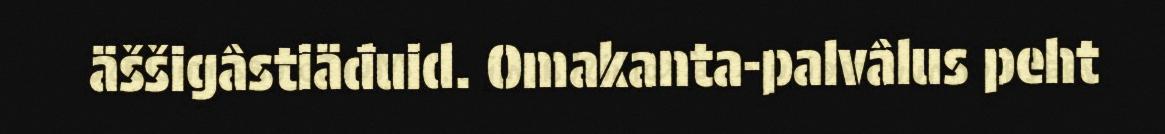
äššigâstiäđuid. Omakanta-palvâlus peht